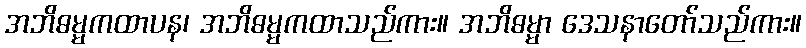
အဘိဓမ္မကထာပန၊ အဘိဓမ္မကထာသည်ကား။ အဘိဓမ္မာ ဒေသနာတော်သည်ကား။